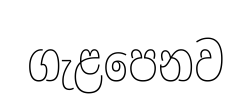
ගැළපෙනව